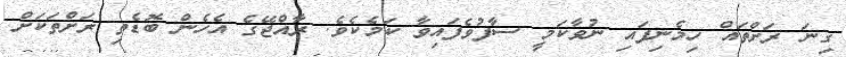
ގިނަ ރަށްތައް ހިމެނިފައި ނުވާކަމީ ސާފުވެފައިވާ ކަމެކެވެ. ރާއްޖޭގެ އެެހެން ބޮޑެތި ރަށްތަކަށް